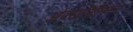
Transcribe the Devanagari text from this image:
ओक्सासिल्लिन